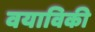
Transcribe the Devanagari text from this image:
वयाविकी